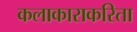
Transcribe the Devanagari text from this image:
कलाकाराकरिता